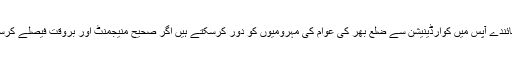
ایلکٹڈ نمائندے آپس میں کوارڈینیشن سے ضلع بھر کی عوام کی مہرومیوں کو دور کرسکتے ہیں اگر صحیح منیجمنٹ اور بروقت فیصلے کرسکے تو!